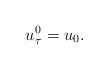
LaTeX: \begin{align*}u_\tau^0=u_0.\end{align*}